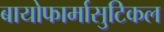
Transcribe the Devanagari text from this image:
बायोफार्मासुटिकल